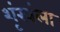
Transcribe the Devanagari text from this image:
शृंखंला